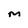
Character: M